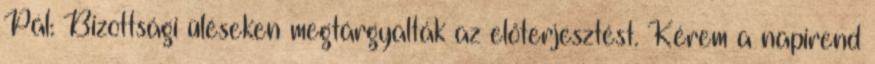
Pál: Bizottsági üléseken megtárgyalták az előterjesztést. Kérem a napirend